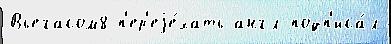
Вьегасом8 п'ер'еjе́хать англ подп'иса́л